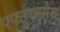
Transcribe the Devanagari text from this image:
फ्फ्त्तुय्ब्य्सेस्र